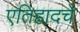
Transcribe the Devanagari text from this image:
एतिहादचे